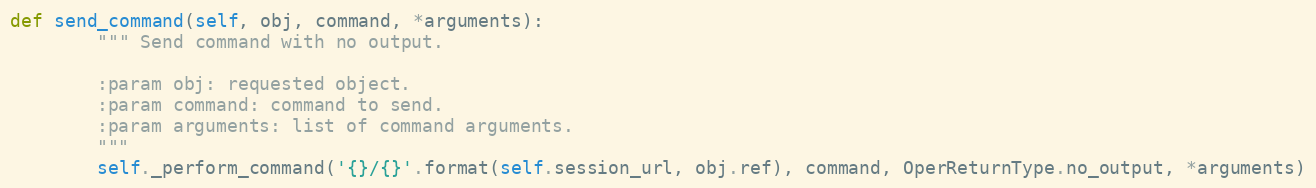
Language: Python
def send_command(self, obj, command, *arguments):
        """ Send command with no output.

        :param obj: requested object.
        :param command: command to send.
        :param arguments: list of command arguments.
        """
        self._perform_command('{}/{}'.format(self.session_url, obj.ref), command, OperReturnType.no_output, *arguments)